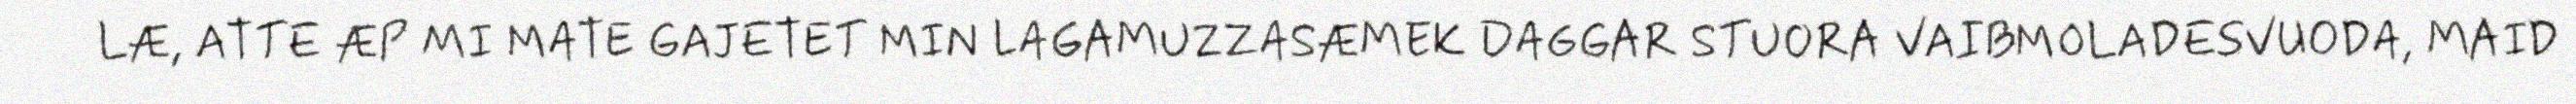
LÆ, ATTE ÆP MI MATE GAJETET MIN LAGAMUZZASÆMEK DAGGAR STUORA VAIBMOLADESVUODA, MAID